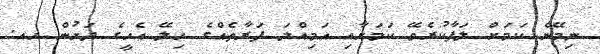
ނިމޭނެ ކަމަށް ލަފާކުރެވޭ ކަމަށާއި އަމިއްލަ ފަރާތެއްގެ ހިލޭ އެހީގެ ދަށުން ހއ.